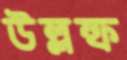
উল্লম্ফ